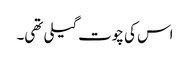
اس کی چوت گیلی تھی۔